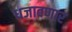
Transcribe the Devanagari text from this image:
धजावणार